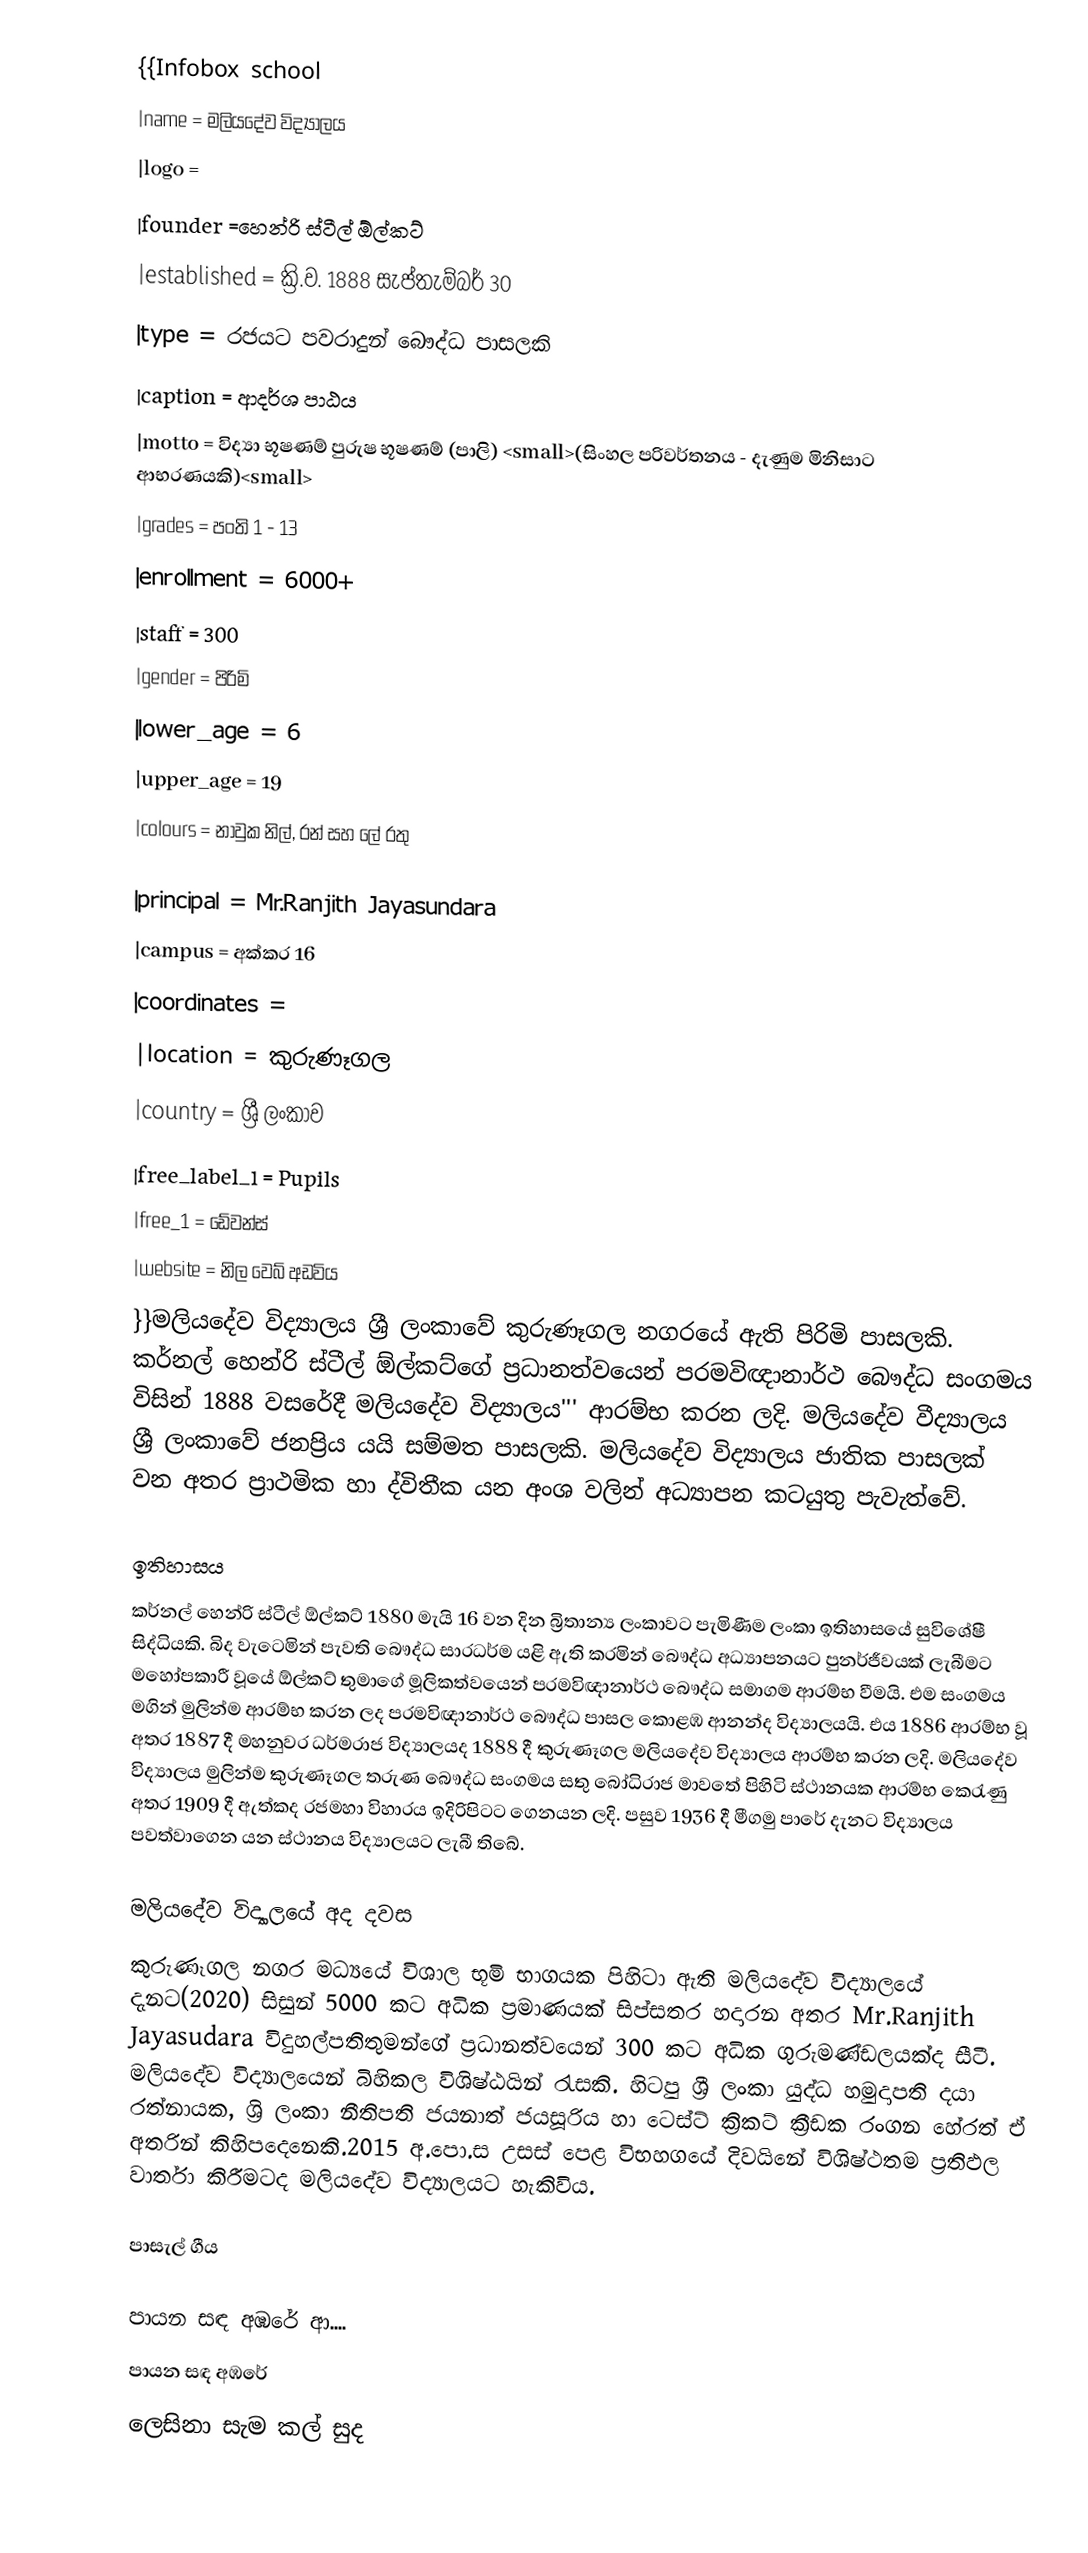
{{Infobox school
|name           = මලියදේව විද්‍යාලය
|logo          =
|founder        =හෙන්රි ස්ටීල් ඕල්කට්
|established    = ක්‍රි.ව. 1888 සැප්තැම්බර් 30
|type           = රජයට පවරාදුන් බෞද්ධ පාසලකි
|caption        = ආදර්ශ පාඨය
|motto          = විද්‍යා භූෂණම් පුරුෂ භූෂණම්  (පාලි)  <small>(සිංහල පරිවර්තනය - දැණුම මිනිසාට ආභරණයකි)<small>
|grades         = පංති 1 - 13
|enrollment     = 6000+
|staff          = 300
|gender         = පිරිමි
|lower_age      = 6
|upper_age      = 19
|colours        = නාවුක නිල්, රන් සහ ලේ රතු

|principal      = Mr.Ranjith Jayasundara
|campus         = අක්කර 16
|coordinates    =
|location       = කුරුණෑගල
|country        = ශ්‍රී ලංකාව
|free_label_1   = Pupils
|free_1         = ඩේවන්ස්
|website        = නිල වෙබ් අඩවිය
}}මලියදේව විද්‍යාලය ශ්‍රී ලංකාවේ කුරුණෑගල නගරයේ ඇති පිරිමි පාසලකි. කර්නල් හෙන්රි ස්ටීල් ඕල්කට්ගේ ප්‍රධානත්වයෙන් පරමවිඥානාර්ථ බෞද්ධ සංගමය විසින් 1888 වසරේදී මලියදේව විද්‍යාලය''' ආරම්භ කරන ලදි. මලියදේව වීද්‍යාලය ශ්‍රී ලංකාවේ ජනප්‍රිය යයි සම්මත පාසලකි. මලියදේව විද්‍යාලය ජාතික පාසලක් වන අතර ප්‍රාථමික හා ද්විතීක යන අංශ වලින් අධ්‍යාපන කටයුතු පැවැත්වේ.

ඉතිහාසය
කර්නල් හෙන්රි ස්ටීල් ඕල්කට් 1880 මැයි 16 වන දින බ්‍රිතාන්‍ය ලංකාවට පැමිණීම ලංකා ඉතිහාසයේ සුවිශේෂී සිද්ධියකි. බිද වැටෙමින් පැවති බෞද්ධ සාරධර්ම යළි ඇති කරමින් බෞද්ධ අධ්‍යාපනයට පුනර්ජීවයක් ලැබීමට මහෝපකාරී වූයේ ඕල්කට් තුමාගේ මූලිකත්වයෙන් පරමවිඥානාර්ථ බෞද්ධ සමාගම ආරම්භ වීමයි. එම සංගමය මගින් මුලින්ම ආරම්භ කරන ලද පරමවිඥානාර්ථ බෞද්ධ පාසල කොළඹ ආනන්ද විද්‍යාලයයි. එය 1886 ආරම්භ වූ අතර 1887 දී මහනුවර ධර්මරාජ විද්‍යාලයද 1888 දී කුරුණෑගල මලියදේව විද්‍යාලය ආරම්භ කරන ලදි. මලියදේව විද්‍යාලය මුලින්ම කුරුණෑගල තරුණ බෞද්ධ සංගමය සතු බෝධිරාජ මාවතේ පිහිටි ස්ථානයක ආරම්භ කෙරැණු අතර 1909 දී ඇත්කද රජමහා විහාරය ඉදිරිපිටට ගෙනයන ලදි. පසුව 1936  දී මීගමු පාරේ දැනට විද්‍යාලය පවත්වාගෙන යන ස්ථානය විද්‍යාලයට ලැබී තිබේ.

මලියදේව විද්‍යාලයේ අද දවස
කුරුණෑගල නගර මධ්‍යයේ විශාල භූමි භාගයක පිහිටා ඇති මලියදේව විද්‍යාලයේ දැනට(2020) සිසුන් 5000 කට අධික ප්‍රමාණයක් සිප්සතර හදාරන අතර Mr.Ranjith Jayasudara විදුහල්පතිතුමන්ගේ ප්‍රධානත්වයෙන් 300 කට අධික ගුරුමණ්ඩලයක්ද සීටී. මලියදේව විද්‍යාලයෙන් බිහිකල විශිෂ්ඨයින් රැසකි. හිටපු ශ්‍රී ලංකා යුද්ධ හමුදාපති දයා රත්නායක, ශ්‍රි ලංකා නීතිපති ජයනාත් ජයසූරිය හා ටෙස්ට් ක්‍රිකට් ක්‍රීඩක රංගන හේරත් ඒ අතරින් කිහිපදෙනෙකි.2015 අ.පො.ස උසස් පෙළ විභහගයේ දිවයිනේ විශිෂ්ථතම ප්‍රතිඵල වාර්තා කිරීමටද මලියදේව විද්‍යාලයට හැකිවිය.

පාසැල්  ගීය

පායන සඳ අඹරේ ආ....
පායන සඳ අඹරේ
ලෙසිනා සැම කල් සුද